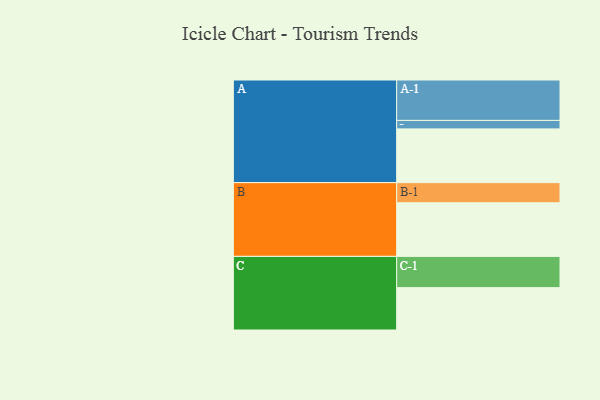
{"axis": {"x": "Segment", "y": "Value"}, "legend": ["", "A", "B", "C"], "data": [{"x": "A", "y": 387, "type": ""}, {"x": "B", "y": 386, "type": ""}, {"x": "C", "y": 305, "type": ""}, {"x": "A-1", "y": 291, "type": "A"}, {"x": "A-2", "y": 61, "type": "A"}, {"x": "B-1", "y": 145, "type": "B"}, {"x": "C-1", "y": 225, "type": "C"}]}